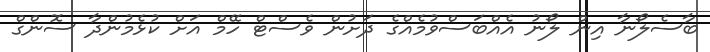
ބާސެލޯނާ އިން ލޯނު އެއްބަސްވުމެއްގެ ދަށުން ވެސްޓް ހޭމް އަށް ކުޅެމުންދާ ސޮންގް